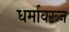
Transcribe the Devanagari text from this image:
धर्मावरून